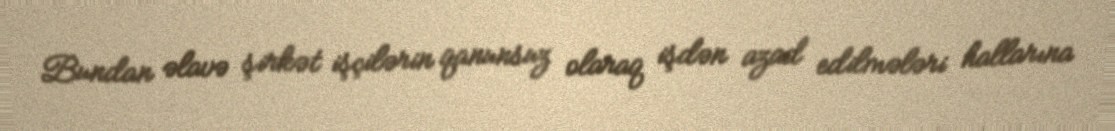
Bundan əlavə şirkət işçilərin qanunsuz olaraq işdən azad edilmələri hallarına